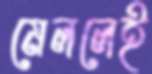
মেললেই